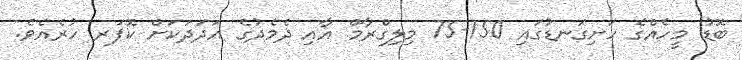
ބޮޑު މީހެއްގެ ހަށިގަނޑުގައި 150-75 މިލިގްރާމް އާއި ދެމެދުގެ އަދަދަކަށް ކޮޕަރ ހުރެއެވެ.